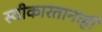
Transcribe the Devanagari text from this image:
स्वीकारतानाही